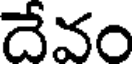
దేవం